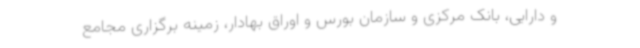
و دارایی، بانک مرکزی و سازمان بورس و اوراق بهادار، زمینه برگزاری مجامع